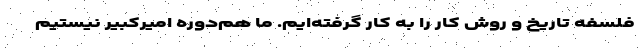
فلسفه تاریخ و روش کار را به کار گرفته‌ایم. ما هم‌دوره امیرکبیر نیستیم